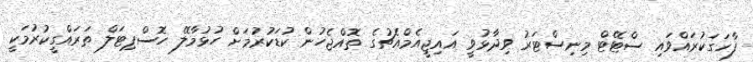
ފާހަގަކުރައްވައި ސްޓޭޓް މިނިސްޓަރު ވިދާޅުވީ އައިޖީއެމްއެޗުގެ ތޮއްޖެހުން ކުޑަކުރުމަށް ހުޅުމާލޭ ހޮސްޕިޓަލް ތަރައްގީކުރުމަކީ